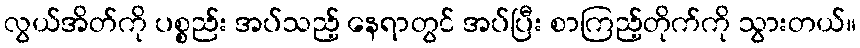
လွယ်အိတ်ကို ပစ္စည်း အပ်သည့် နေရာတွင် အပ်ပြီး စာကြည့်တိုက်ကို သွားတယ်။